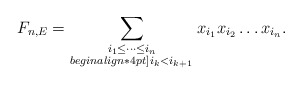
\begin{align*} F_{n,E}=\sum_{\substack{i_1\leq\dots\leq i_n\\begin{align*}4pt] i_k<i_{k+1}\, }} x_{i_1}x_{i_2}\dots x_{i_n}. \end{align*}